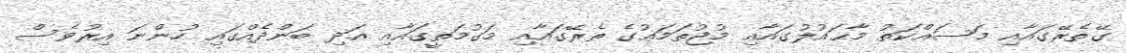
ގޭތެރޭގައާއި މަސައްކަތު މާޙައުލުގައާއި މުޖުތަމަޢުގެ ތެރޭގައާއި މަގުމަތީގައާއި އަދި ބަންދެއްގައި ހުންނަ އިރުވެސް